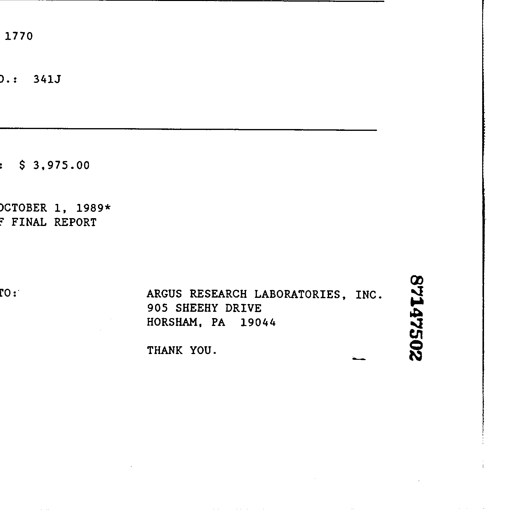
1770

D.: 341J

: $ 3,975.00

OCTOBER 1, 1989*
FINAL REPORT

TO: ARGUS RESEARCH LABORATORIES, INC. 87147502
905 SHEEHY DRIVE
HORSHAM, PA 19044

THANK YOU.